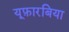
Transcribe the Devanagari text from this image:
यूफ़ारबिया